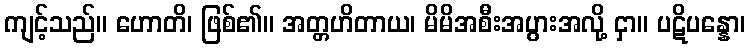
ကျင့်သည်။ ဟောတိ၊ ဖြစ်၏။ အတ္တဟိတာယ၊ မိမိအစီးအပွားအလို့ ငှာ။ ပဋိပန္နော၊